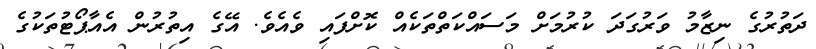
ދަތުރުގެ ނިޒާމު ވަރުގަދަ ކުރުމަށް މަސައްކަތްތަކެއް ކޮށްފައި ވެއެވެ. އޭގެ އިތުރުން އެއާޕޯޓުތަކުގެ